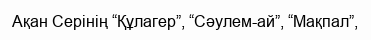
Ақан Серінің “Құлагер”, “Сәулем-ай”, “Мақпал”,